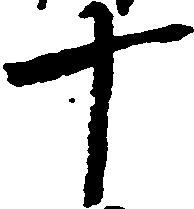
十